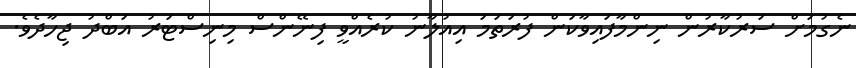
ނެގުމަށް ސަރުކާރުން ނިންމާފައިވާކަން ފުރަތަމަ އިއުލާނު ކުރެއްވީ ފިނޭންސް މިނިސްޓަރު އަބްދު ޖިހާދެވެ.